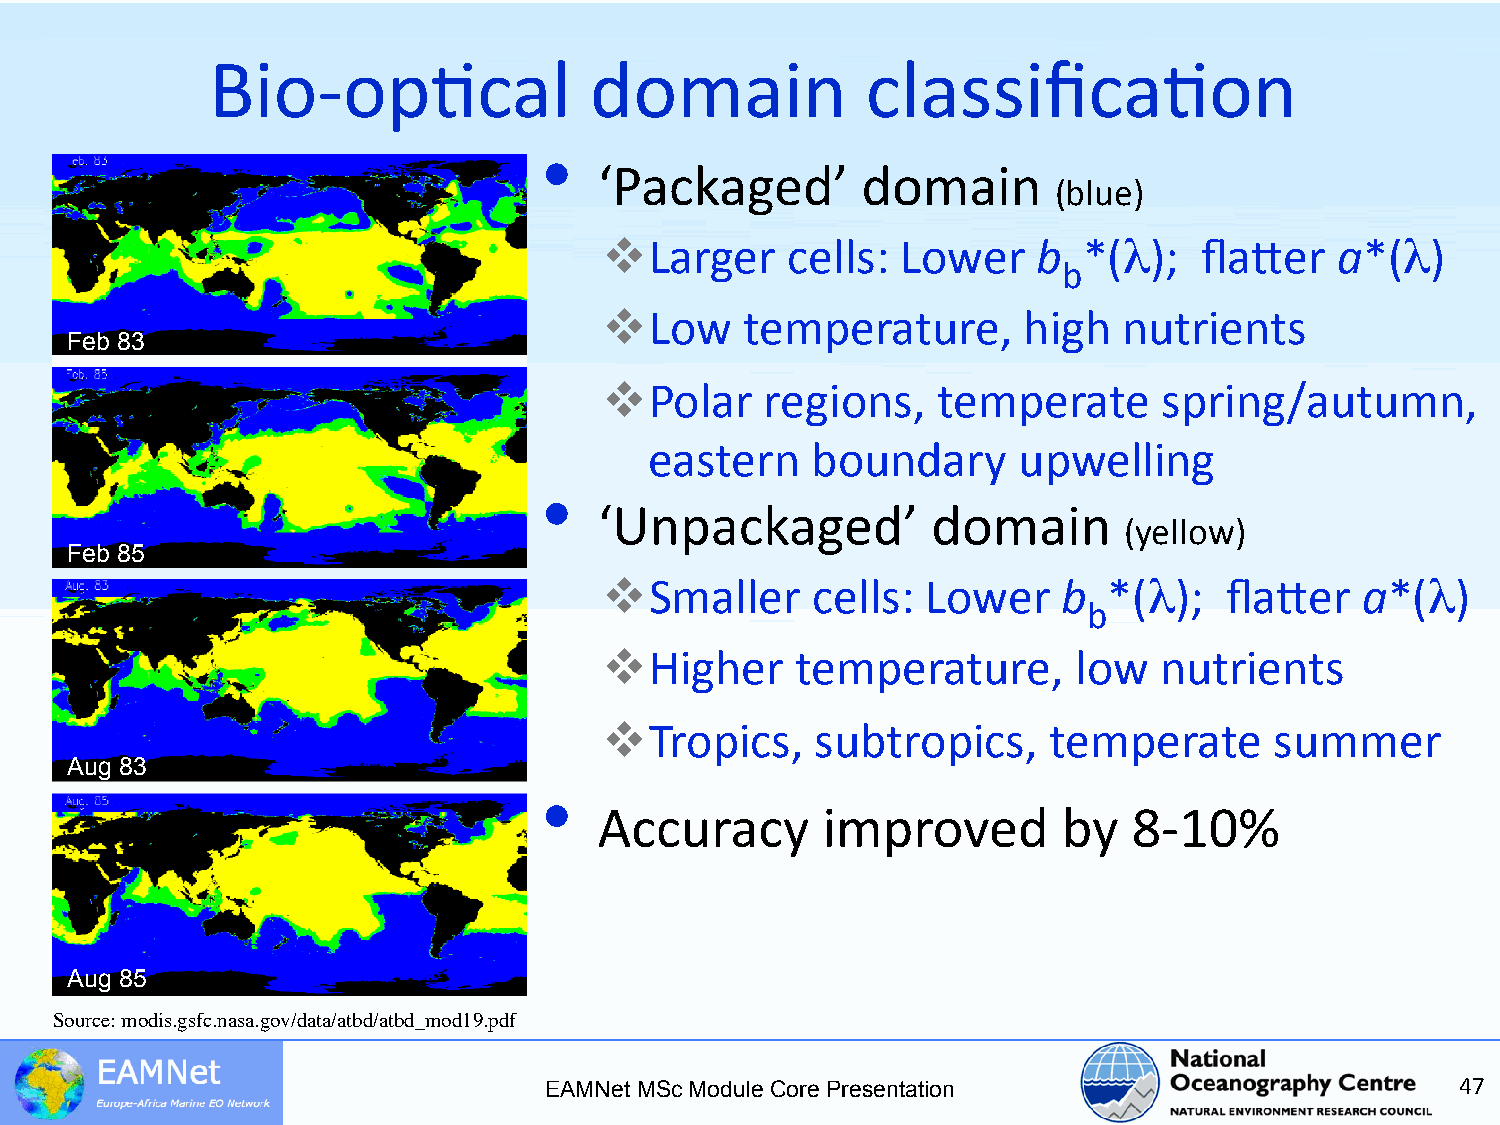
Bio-­‐op5cal             domain            classifica5on
 •
 ‘Packaged’       domain
 (blue)
   Larger   cells:  Lower    b  *(λ);  fla<er   a*(λ)
 b
   Low   temperature,       high  nutrients
 Feb 83
   Polar   regions,   temperate      spring/autumn,
 eastern    boundary     upwelling
 •
 ‘Unpackaged’          domain
 (yellow)
 Feb 85
   Smaller    cells: Lower    b  *(λ);   fla<er   a*(λ)
 b
   Higher    temperature,      low   nutrients
   Tropics,   subtropics,    temperate      summer
 Aug 83
 •
 Accuracy      improved        by   8-­‐10%
 Aug 85
 Source: modis.gsfc.nasa.gov/data/atbd/atbd_mod19.pdf
 EAMNet MSc Module Core Presentation                          47